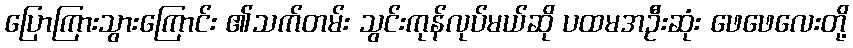
ပြောကြားသွားကြောင်း ၏သက်တမ်း သွင်းကုန်လုပ်မယ်ဆို ပထမအဦးဆုံး ဖေဖေလေးတို့